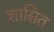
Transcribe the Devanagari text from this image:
शासित